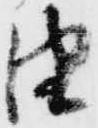
由